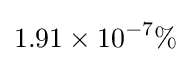
1.91\times 10^{-7}\%